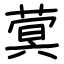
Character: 蓂